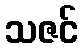
သဇင်